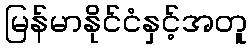
မြန်မာနိုင်ငံနှင့်အတူ